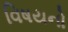
વિષયનો